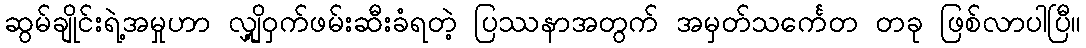
ဆွမ်ချိုင်းရဲ့အမှုဟာ လျှို့ဝှက်ဖမ်းဆီးခံရတဲ့ ပြဿနာအတွက် အမှတ်သင်္ကေတ တခု ဖြစ်လာပါပြီ။